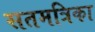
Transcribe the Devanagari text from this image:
सतमत्रिका